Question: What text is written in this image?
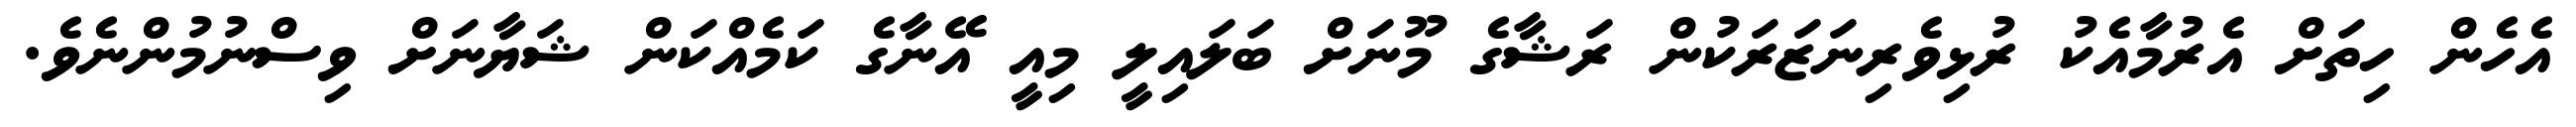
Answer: އެހެން ހިތަށް އެރުމާއެކު ރުޅިވެރިނަޒަރަކުން ރަޝާގެ މޫނަށް ބަލައިލީ މިއީ އޭނާގެ ކަމެއްކަން ޝަޔާނަށް ވިސްނުމުންނެވެ.